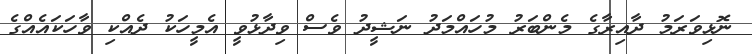
ނޮޅިވަރަމު ދާއިރާގެ މެންބަރު މުހައްމަދު ނަޝީދު ވެސް ވިދާޅުވީ އެމީހަކު ދެއްކި ވާހަކައެއްގެ